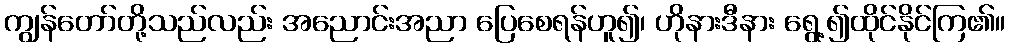
ကျွန်တော်တို့သည်လည်း အညောင်းအညာ ပြေစေရန်ဟူ၍၊ ဟိုနားဒီနား ရွေ့၍ထိုင်နိုင်ကြ၏။